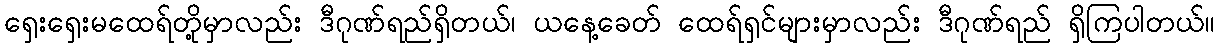
ရှေးရှေးမထေရ်တို့မှာလည်း ဒီဂုဏ်ရည်ရှိတယ်၊ ယနေ့ခေတ် ထေရ်ရှင်များမှာလည်း ဒီဂုဏ်ရည် ရှိကြပါတယ်။